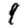
Digit: 9